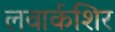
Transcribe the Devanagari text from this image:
लवार्कशिर